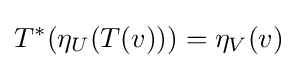
T^{*}(\eta _{U}(T(v)))=\eta _{V}(v)